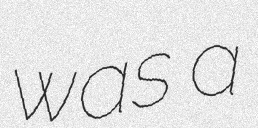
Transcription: was a